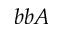
b b A